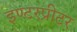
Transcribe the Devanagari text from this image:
इण्टरप्रीटर